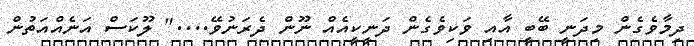
ދިމާވެގެން މިދަނީ ބޭބީ އާއި ވަކިވެގެން ދަނީކީއެއް ނޫން ދެރަނުވޭ...." ލޫކަސް އަނެއްއަތުން